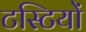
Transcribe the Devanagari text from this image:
टस्टियों